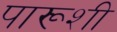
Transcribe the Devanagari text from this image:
पारूशी